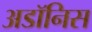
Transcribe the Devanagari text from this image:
अडॉनिस